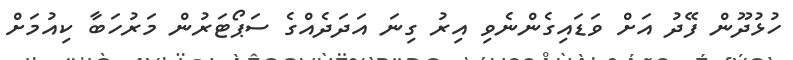
ހުޅުދޫން ފޭދު އަށް ވަޑައިގެންނެވި އިރު ގިނަ އަދަދެއްގެ ސަޕޯޓަރުން މަރުހަބާ ކިއުމަށް